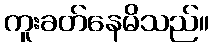
ကူးခတ်နေမိသည်။